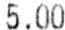
5.00